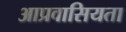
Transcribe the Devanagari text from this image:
आप्रवासियता